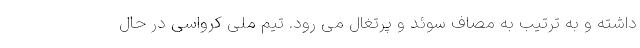
داشته و به ترتیب به مصاف سوئد و پرتغال می رود. تیم ملی کرواسی در حال